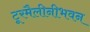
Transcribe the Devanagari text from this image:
टूरमैलीनीभवन